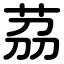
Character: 茘